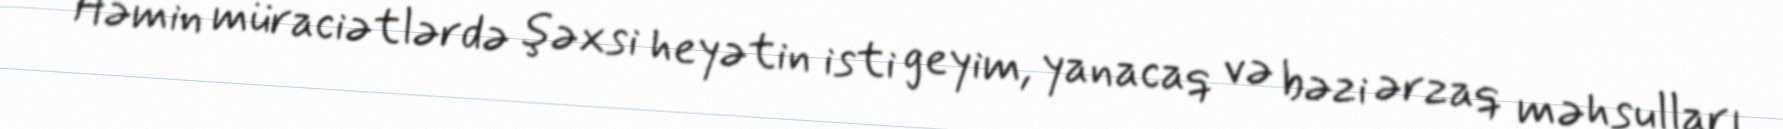
Həmin müraciətlərdə şəxsi heyətin isti geyim, yanacaq və bəzi ərzaq məhsulları